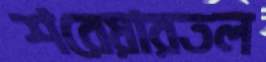
শরেয়ারতল